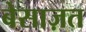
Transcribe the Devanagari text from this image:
बेसाज़त